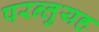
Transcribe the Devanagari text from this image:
परन्तुयह